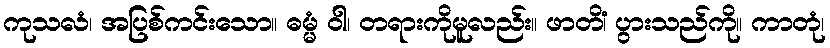
ကုသလံ၊ အပြစ်ကင်းသော။ ဓမ္မံ ဝါ၊ တရားကိုမူလည်း။ ဖာတိံ၊ ပွားသည်ကို။ ကာတုံ၊